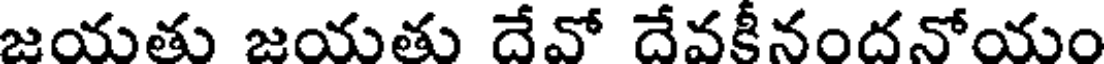
జయతు జయతు దేవో దేవకీనందనోయం